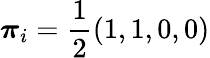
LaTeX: \boldsymbol{\pi}_{i}=\frac{1}{2}(1,1,0,0)